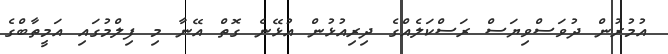
އުމުރުން ދުވަސްވިޔަސް ރަސްކަލެއްގެ ދިރިއުޅުން އުޅޭނެ ގޮތް އޭނާ މި ފިލްމުގައި އަމީތާބްގެ